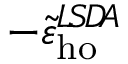
- \tilde { \varepsilon } _ { \mathrm { h o } } ^ { L \! S \! D \! A }